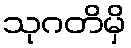
သုဂတိမှိ